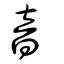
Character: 音